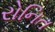
રોનિત